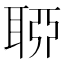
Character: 𦖂